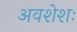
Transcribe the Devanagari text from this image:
अवशेशः